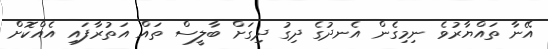
އޭނާ ތައްޔާރުވެ ނިމިގެން އެނދުގެ ދިގު ދިގަށް ބާލީސް ތައް އަތުރާފައި އެއްކޮށް